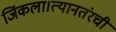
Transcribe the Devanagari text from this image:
जिंकला।त्यानतंरची